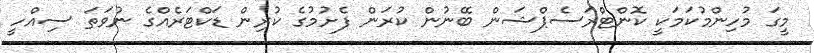
މީގަ މުހިންމުކަމަކީ ކޮންޓްރަސެޕްޝަން ބޭނުން ކުރަން ފެށުމުގެ ކުރިން ޑަކްޓަރެއްގެ ނުވަތަ ސިއްހީ